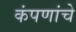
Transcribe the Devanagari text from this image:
कंपणांचे